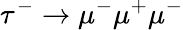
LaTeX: \tau^{-}\to\mu^{-}\mu^{+}\mu^{-}